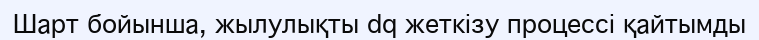
Шарт бойынша, жылулықты dq жеткізу процессі қайтымды